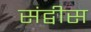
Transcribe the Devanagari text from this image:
संद्वीस